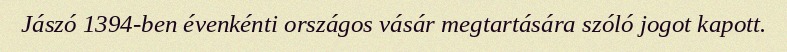
Jászó 1394-ben évenkénti országos vásár megtartására szóló jogot kapott.